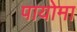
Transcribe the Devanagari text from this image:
पायोमा